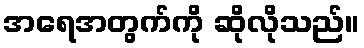
အရေအတွက်ကို ဆိုလိုသည်။